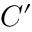
C ^ { \prime }